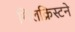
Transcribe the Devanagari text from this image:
गिलक्रिस्टने